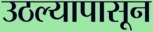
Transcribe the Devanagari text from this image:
उठल्यापासून